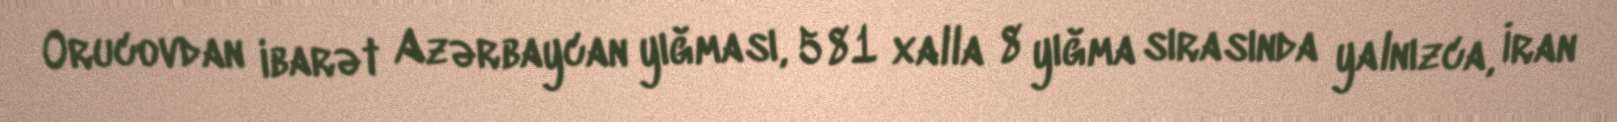
Orucovdan ibarət Azərbaycan yığması, 581 xalla 8 yığma sırasında yalnızca, İran